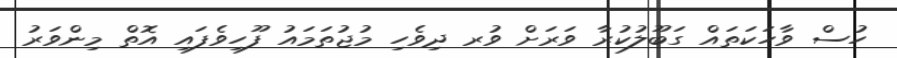
ހުސް ވާހަކަތައް ގަބޫލުކުރާ ވަރަށް ވުރ ދިވެހި މުޖުތަމައު ފޫހިވެފައި އޮތް މިންވަރު